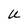
Character: U